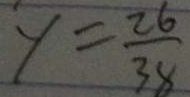
y = \frac { 2 6 } { 3 8 }